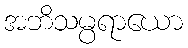
အဘိသမ္ပရာယော